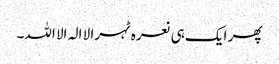
پھر ایک ہی نعرہ ٹہرا لا الہ الا اللہ۔